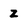
Character: z